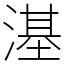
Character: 𣻺